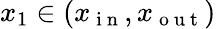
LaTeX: x_{1}\in(x_{\mathrm{~i~n~}},x_{\mathrm{~o~u~t~}})